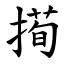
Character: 㨚